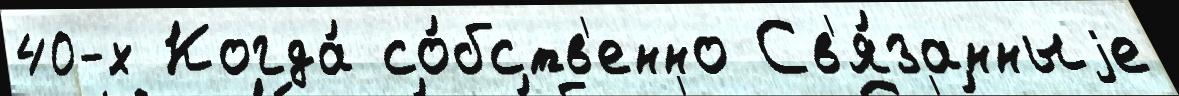
40-х Когда́ со́бств'енно Св'я́занныjе